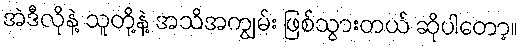
အဲဒီလိုနဲ့ သူတို့နဲ့ အသိအကျွမ်း ဖြစ်သွားတယ် ဆိုပါတော့။